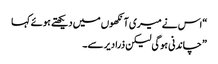
“اس نے میری آ نکھوں میں دیکھتے ہوئے کہا
” چاندنی ہوگی لیکن ذرا دیر سے۔